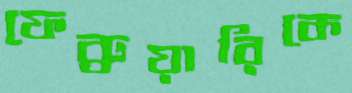
ফেব্রুয়ারিকে